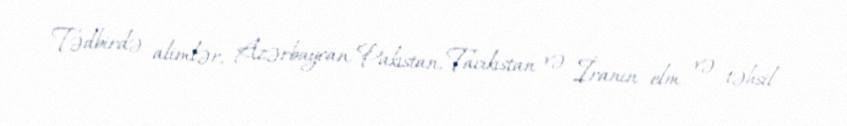
Tədbirdə alimlər, Azərbaycan, Pakistan, Tacikistan və İranın elm və təhsil